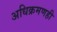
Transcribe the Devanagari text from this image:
अधिक्रमणही